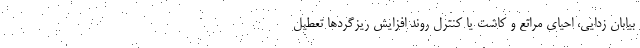
بیابان زدایی، احیای مراتع و کاشت یا کنترل روند افزایش ریزگردها تعطیل